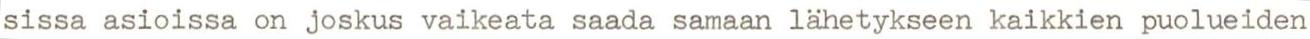
sissa asioissa on joskus vaikeata saada samaan lähetykseen kaikkien puolueiden